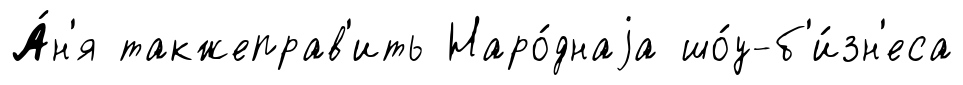
А́н'я такжеправ'ить Наро́днаjа шо́у-б'и́зн'еса